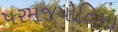
પરમજયોતિમા